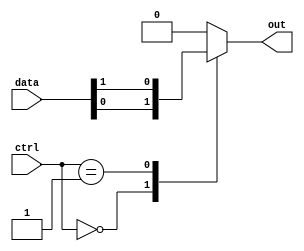
module mux512to1 (
    input [511:0] data,
    input [8:0] ctrl,
    output reg out
);

always @* begin
    case(ctrl)
        9'b000000000: out = data[0];
        9'b000000001: out = data[1];
        // add cases for remaining 510 input signals
        // 9'b111111111: out = data[511];
        default: out = 1'b0; // default case for invalid control input
    endcase
end

endmodule